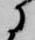
に